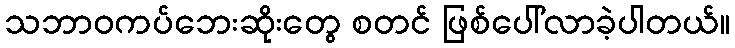
သဘာဝကပ်ဘေးဆိုးတွေ စတင် ဖြစ်ပေါ်လာခဲ့ပါတယ်။